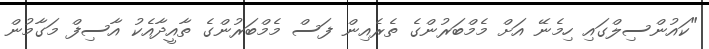
"ކައުންސިލްގައި ހިމެނޭ އަށް މެމްބަރުންގެ ތެރެއިން ފަސް މެމްބަރުންގެ ތާއީދާއެކު އާސިފް މަގާމުން